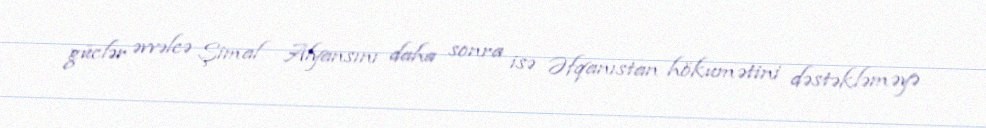
güclər əvvəlcə Şimal Alyansını daha sonra isə Əfqanıstan hökumətini dəstəkləməyə